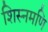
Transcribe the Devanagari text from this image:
शिस्नमणि